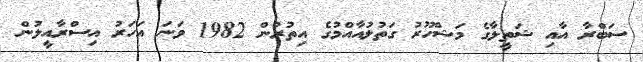
ސަބްރާ އާއި ޝަތީލާގެ މަޝްހޫރު ގަތުލުއާއްމުގެ އިތުރުން 1982 ވަނަ އަހަރު އިސްރާއީލުން